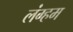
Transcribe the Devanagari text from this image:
लंग्हम